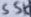
Text: 55K